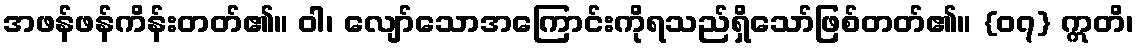
အဖန်ဖန်ကိန်းတတ်၏။ ဝါ၊ လျော်သောအကြောင်းကိုရသည်ရှိသော်ဖြစ်တတ်၏။ {၀၇} ဣတိ၊